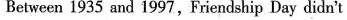
Between 1935 and 1997,Friendship Day didn't